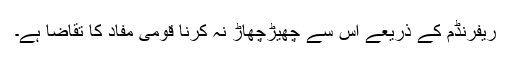
ریفرنڈم کے ذریعے اس سے چھیڑچھاڑ نہ کرنا قومی مفاد کا تقاضا ہے۔